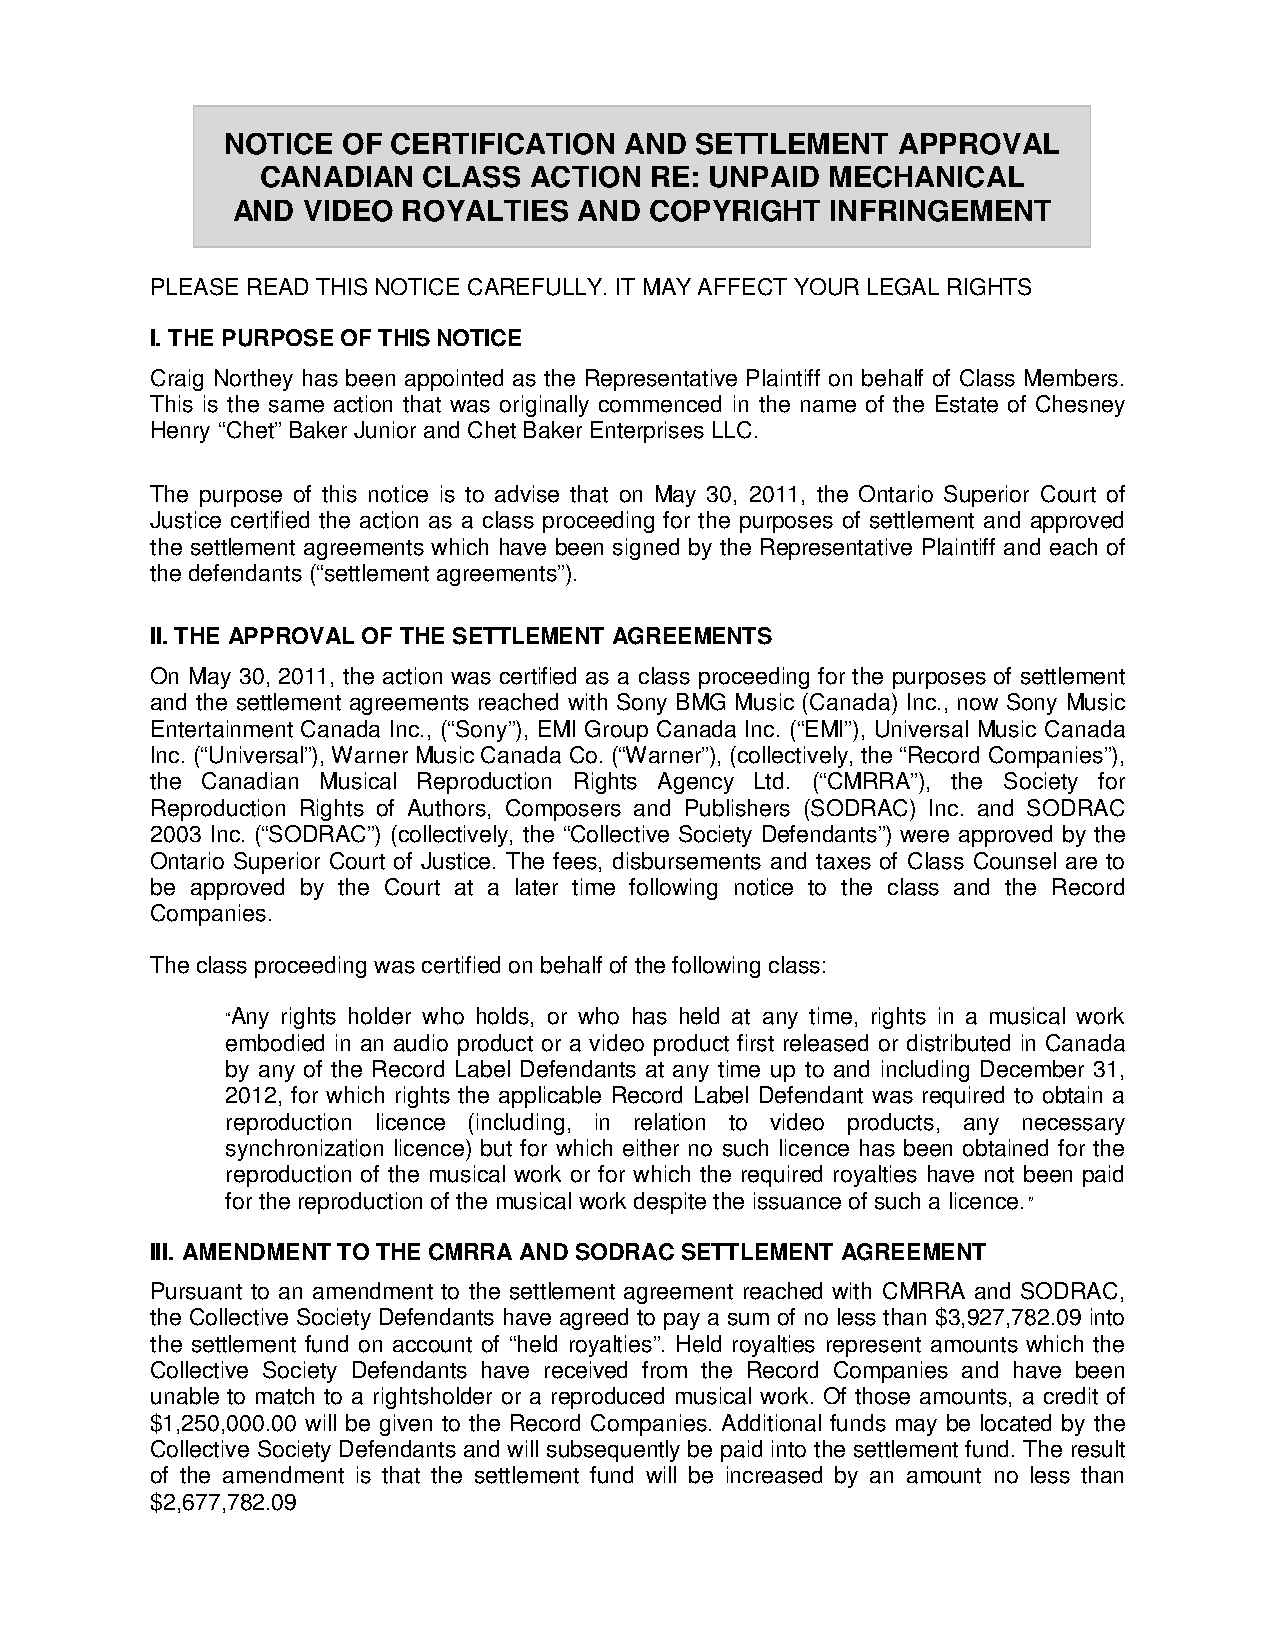
NOTICE  OF CERTIFICATION  AND  SETTLEMENT   APPROVAL
 CANADIAN   CLASS  ACTION  RE: UNPAID  MECHANICAL
 AND  VIDEO  ROYALTIES  AND  COPYRIGHT   INFRINGEMENT
 PLEASE READ THIS NOTICE CAREFULLY. IT MAY AFFECT YOUR LEGAL RIGHTS
 I. THE PURPOSE OF THIS NOTICE
 Craig Northey has been appointed as the Representative Plaintiff on behalf of Class Members.
 This is the same action that was originally commenced in the name of the Estate of Chesney
 Henry “Chet” Baker Junior and Chet Baker Enterprises LLC.
 The purpose of this notice is to advise that on May 30, 2011, the Ontario Superior Court of
 Justice certified the action as a class proceeding for the purposes of settlement and approved
 the settlement agreements which have been signed by the Representative Plaintiff and each of
 the defendants (“settlement agreements”).
 II. THE APPROVAL OF THE SETTLEMENT AGREEMENTS
 On May 30, 2011, the action was certified as a class proceeding for the purposes of settlement
 and the settlement agreements reached with Sony BMG Music (Canada) Inc., now Sony Music
 Entertainment Canada Inc., (“Sony”), EMI Group Canada Inc. (“EMI”), Universal Music Canada
 Inc. (“Universal”), Warner Music Canada Co. (“Warner”), (collectively, the “Record Companies”),
 the Canadian Musical Reproduction Rights Agency Ltd. (“CMRRA”), the Society for
 Reproduction Rights of Authors, Composers and Publishers (SODRAC) Inc. and SODRAC
 2003 Inc. (“SODRAC”) (collectively, the “Collective Society Defendants”) were approved by the
 Ontario Superior Court of Justice. The fees, disbursements and taxes of Class Counsel are to
 be approved by the Court at a later time following notice to the class and the Record
 Companies.
 The class proceeding was certified on behalf of the following class:
 “Any rights holder who holds, or who has held at any time, rights in a musical work
 embodied in an audio product or a video product first released or distributed in Canada
 by any of the Record Label Defendants at any time up to and including December 31,
 2012, for which rights the applicable Record Label Defendant was required to obtain a
 reproduction licence (including, in relation to video products, any necessary
 synchronization licence) but for which either no such licence has been obtained for the
 reproduction of the musical work or for which the required royalties have not been paid
 for the reproduction of the musical work despite the issuance of such a licence.”
 III. AMENDMENT TO THE CMRRA AND SODRAC SETTLEMENT AGREEMENT
 Pursuant to an amendment to the settlement agreement reached with CMRRA and SODRAC,
 the Collective Society Defendants have agreed to pay a sum of no less than $3,927,782.09 into
 the settlement fund on account of “held royalties”. Held royalties represent amounts which the
 Collective Society Defendants have received from the Record Companies and have been
 unable to match to a rightsholder or a reproduced musical work. Of those amounts, a credit of
 $1,250,000.00 will be given to the Record Companies. Additional funds may be located by the
 Collective Society Defendants and will subsequently be paid into the settlement fund. The result
 of the amendment is that the settlement fund will be increased by an amount no less than
 $2,677,782.09